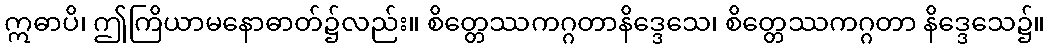
ဣဓာပိ၊ ဤကြိယာမနောဓာတ်၌လည်း။ စိတ္တေဿကဂ္ဂတာနိဒ္ဒေသေ၊ စိတ္တေဿကဂ္ဂတာ နိဒ္ဒေသေ၌။